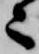
々